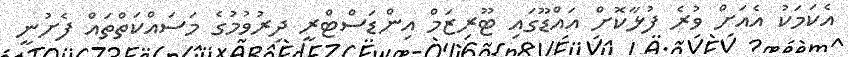
އެކަމަކު އެއަށް ވުރެ ފުޅާކޮށް އައްޑޫގައި ޓޫރިޒަމް އިންޑަސްޓްރީ ދިރުވުމުގެ މަސައްކަތްތައް ފެށުނީ